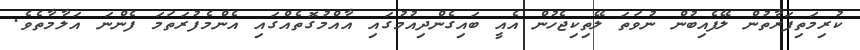
ކުރިމަތިފަރާތުން ލޭފެއިބުން ނުވަތަ ލޭތިކިޖެހުން އެއީ ބައިގެންދިއުމުގައި އާއްމުގޮތެއްގައި އެންމެފުރަތަމަ ފެންނަ އަލާމާތެވެ.